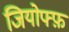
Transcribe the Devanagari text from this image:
जियोफ्फ़